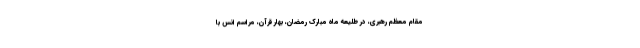
مقام معظم رهبری، در طلیعه ماه مبارک رمضان، بهار قرآن، مراسم انس با